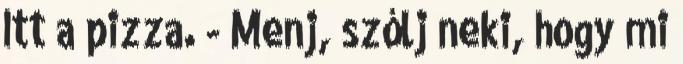
Itt a pizza. - Menj, szólj neki, hogy mi